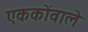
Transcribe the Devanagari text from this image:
एककोंवाले